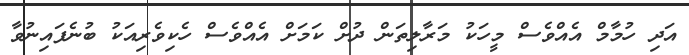
އަދި ހުމާމް އެއްވެސް މީހަކު މަރާލިތަން ދުށް ކަމަށް އެއްވެސް ހެކިވެރިއަކު ބުނެފައިނުވާ